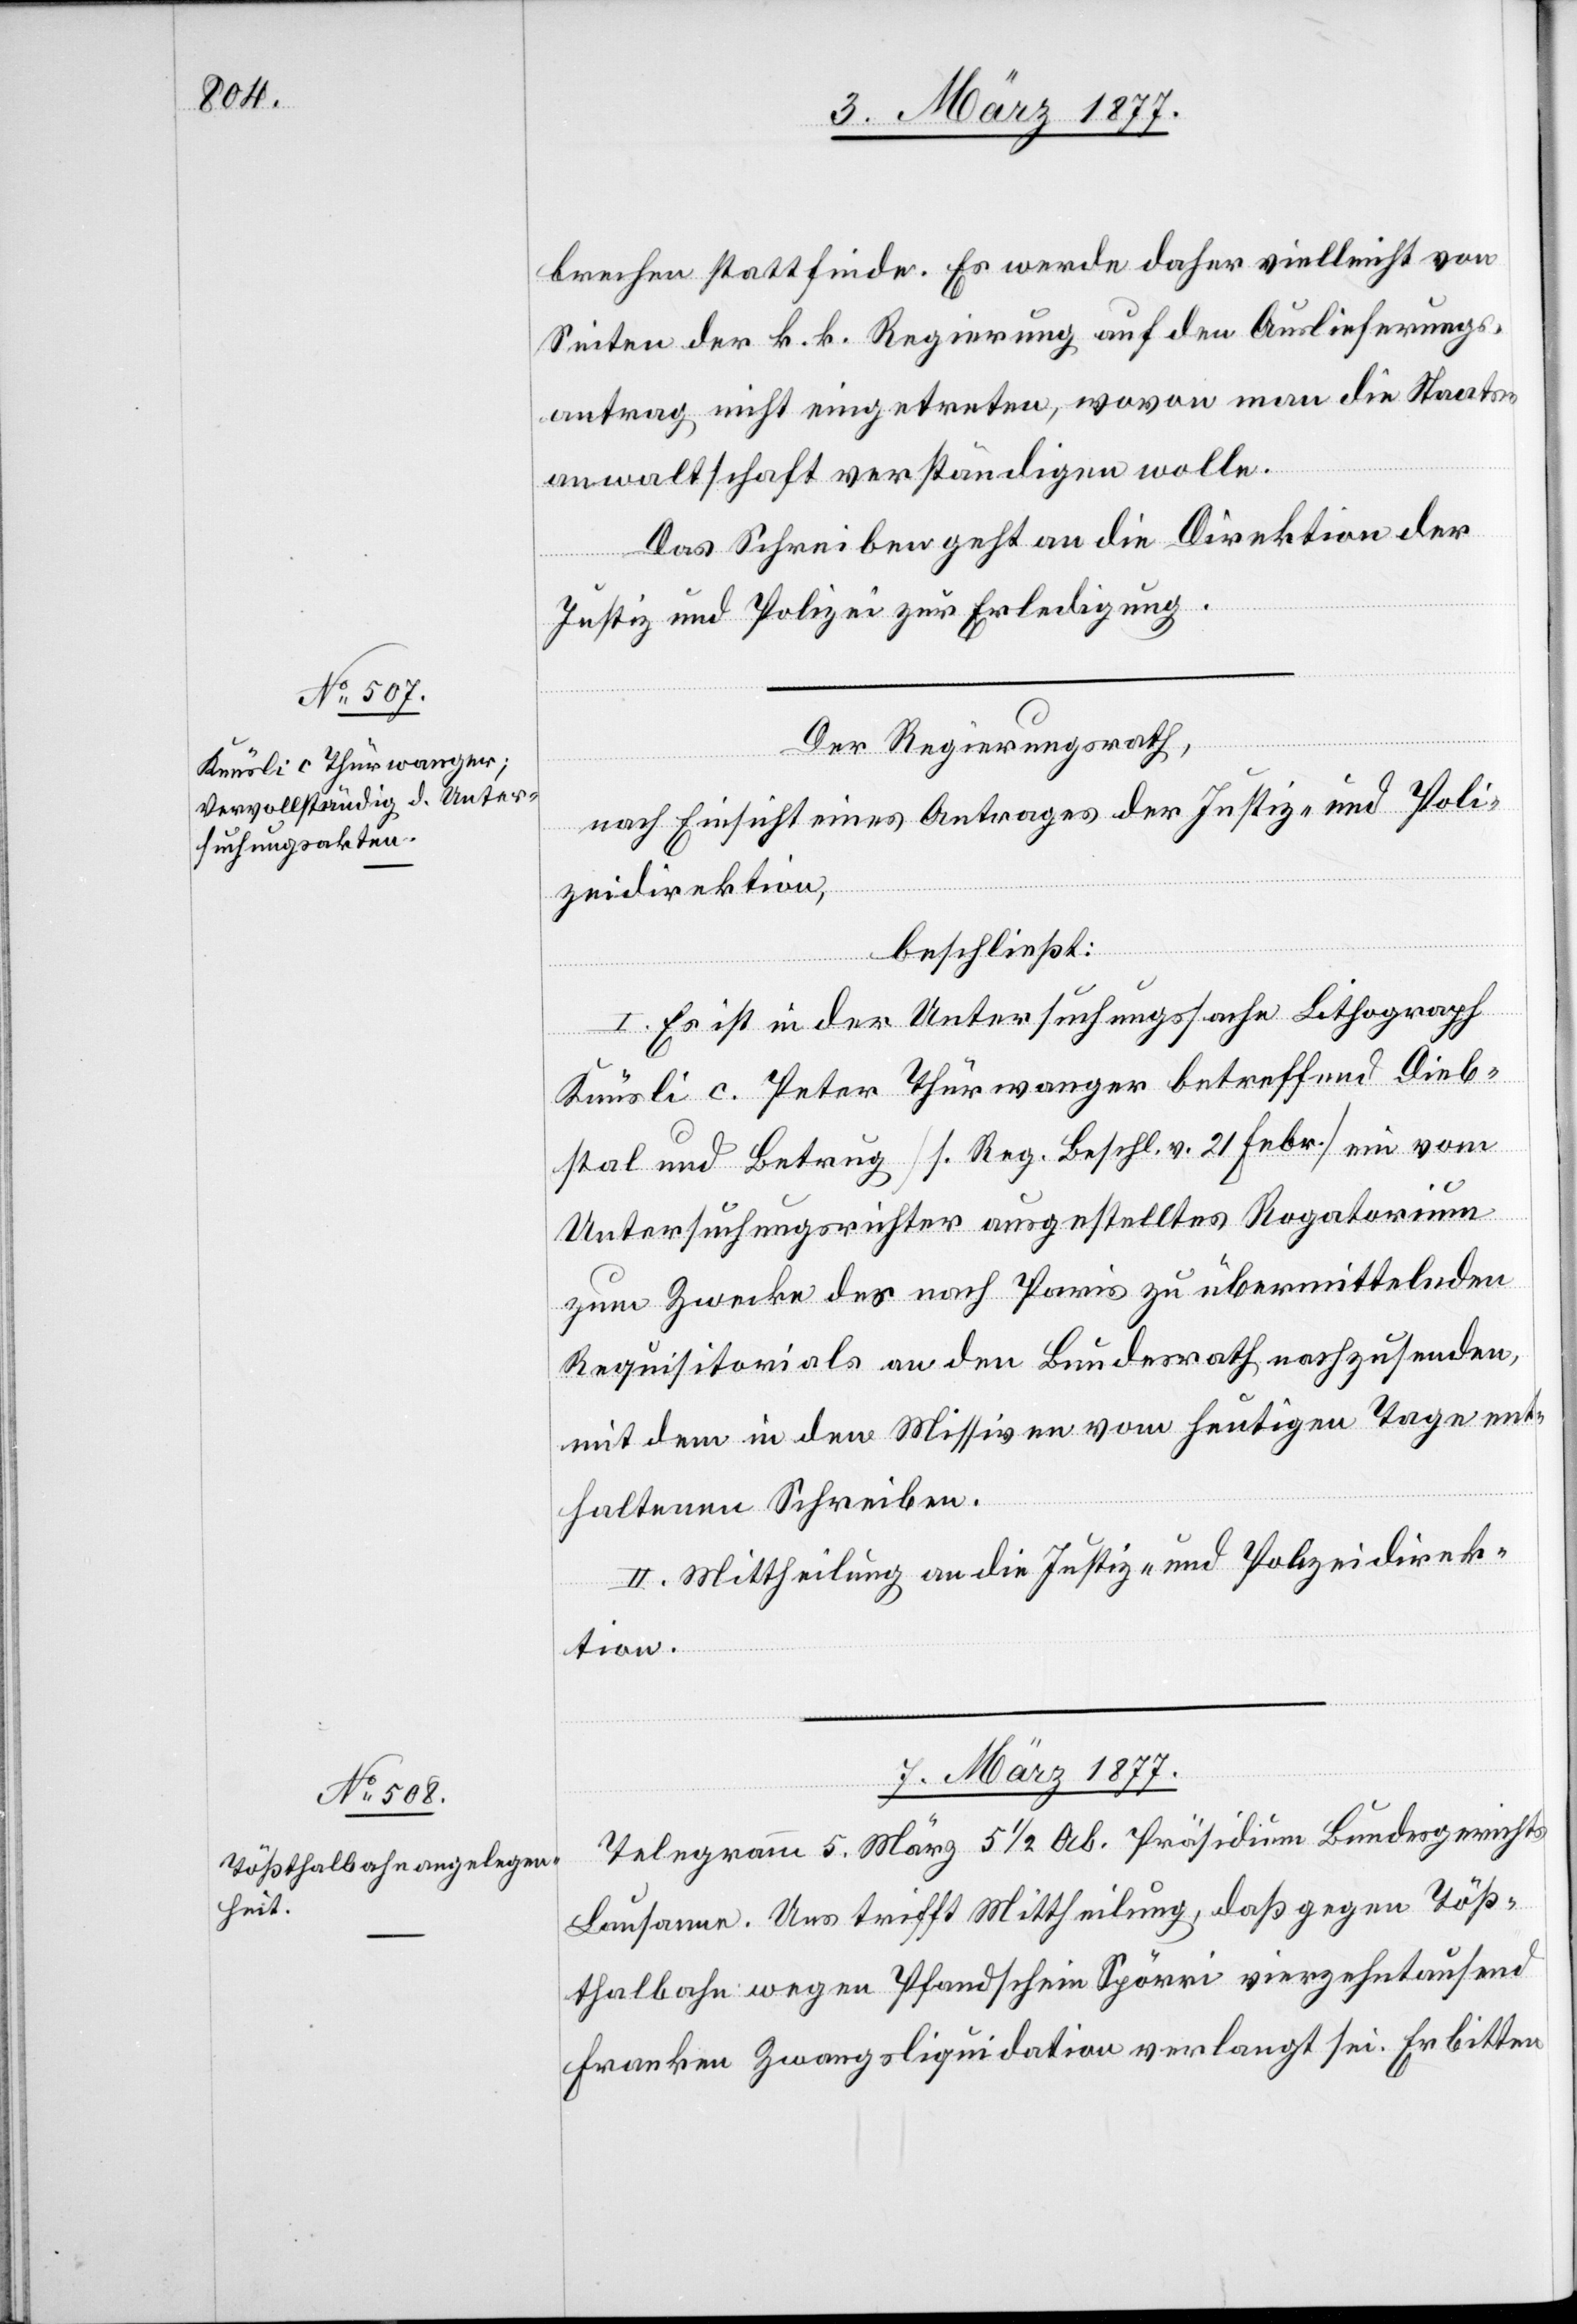
brechen stattfinde. Es werde daher vielleicht von
Seiten der k. k. Regierung auf den Auslieferungs¬
antrag nicht eingetreten, wovon man die Staats¬
anwaltschaft verständigen wolle.
Das Schreiben geht an die Direktion der
Justiz und Polizei zur Erledigung.
Der Regierungsrath,
nach Einsicht eines Antrages der Justiz- und Poli¬
zeidirektion,
beschließt:
I. Es ist in der Untersuchungssache Lithograph
Knüsli c. Peter Thürwanger betreffend Dieb¬
stal und Betrug [s. Reg. Beschl. v. 21. Febr.] ein vom
Untersuchungsrichter ausgestelltes Rogatorium
zum Zwecke des nach Paris zu übermittelnden
Requisitorials an den Bundesrath nachzusenden,
mit dem in den Missiven vom heutigen Tage ent¬
haltenen Schreiben.
II. Mittheilung an die Justiz- und Polizeidirek¬
tion.
7. März 1877.
Telegramm 5. März 5 1/2 Ab. Präsidium Bundesgerichts
Lausanne. Uns trifft Mittheilung, daß gegen Töß¬
thalbahn wegen Pfandschein Spörri vierzehntausend
Franken Zwangsliquidation verlangt sei. Erbitten